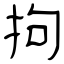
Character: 拘